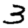
Digit: 3